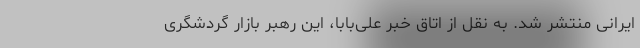
ایرانی منتشر شد. به نقل از اتاق خبر علی‌بابا، این رهبر بازار گردشگری